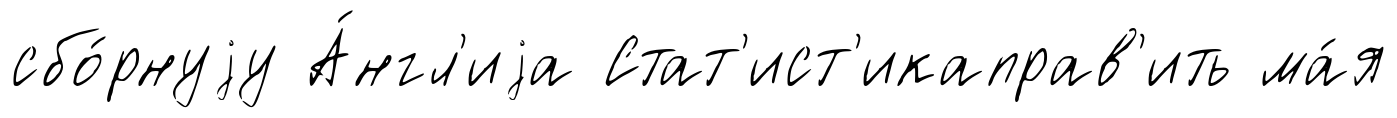
сбо́рнуjу А́нгл'иjа Стат'ист'икаправ'ить ма́я